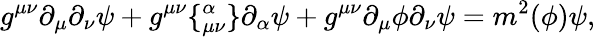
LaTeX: g^{\mu\nu}\partial_{\mu}\partial_{\nu}\psi+g^{\mu\nu}\lbrace_{\mu\nu}^{\alpha}\rbrace\partial_{\alpha}\psi+g^{\mu\nu}\partial_{\mu}\phi\partial_{\nu}\psi=m^{2}(\phi)\psi,